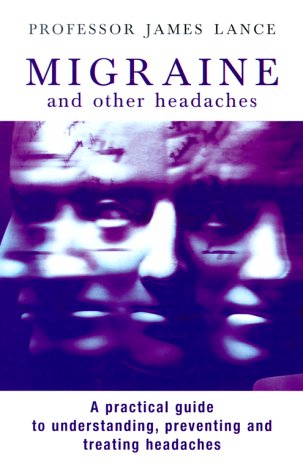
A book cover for Migraine and Other Headaches; James Lance; Health, Fitness & Dieting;